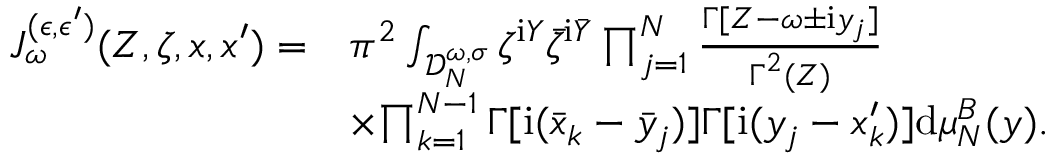
\begin{array} { r l } { J _ { \omega } ^ { ( \epsilon , \epsilon ^ { \prime } ) } ( Z , \zeta , x , x ^ { \prime } ) = } & { \pi ^ { 2 } \int _ { \mathscr D _ { N } ^ { \omega , \sigma } } \zeta ^ { \mathrm { i } Y } \bar { \zeta } ^ { \mathrm { i } \bar { Y } } \prod _ { j = 1 } ^ { N } \frac { \boldsymbol \Gamma [ Z - \omega \pm \mathrm { i } y _ { j } ] } { \boldsymbol \Gamma ^ { 2 } ( Z ) } } \\ & { \times { \prod _ { k = 1 } ^ { N - 1 } \boldsymbol \Gamma [ \mathrm { i } ( \bar { x } _ { k } - \bar { y } _ { j } ) ] \boldsymbol \Gamma [ \mathrm { i } ( y _ { j } - x _ { k } ^ { \prime } ) ] } \mathrm { d } \mu _ { N } ^ { B } ( y ) . } \end{array}